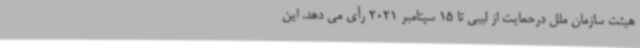
هیئت سازمان ملل درحمایت از لیبی تا 15 سپتامبر 2021 رأی می دهد. این